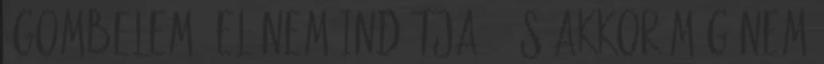
"gombelem" el nem indítja , és akkor még nem